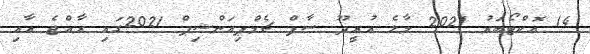
14 އޮކްޓޯބަރު 2021 މާލެ އުރީދޫ ސާފް ޗެމްޕިއަންޝިޕް 2021ގައި ރާއްޖެ އާއި